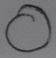
Text: O